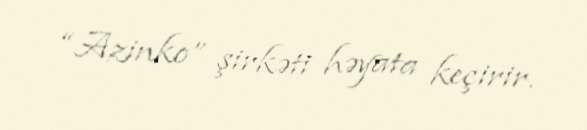
“Azinko” şirkəti həyata keçirir.